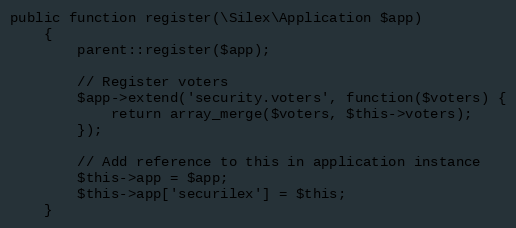
Language: PHP
public function register(\Silex\Application $app)
    {
        parent::register($app);

        // Register voters
        $app->extend('security.voters', function($voters) {
            return array_merge($voters, $this->voters);
        });

        // Add reference to this in application instance
        $this->app = $app;
        $this->app['securilex'] = $this;
    }